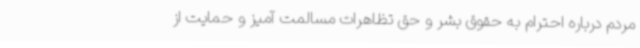
مردم درباره احترام به حقوق بشر و حق تظاهرات مسالمت آمیز و حمایت از